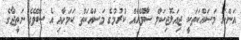
އަންނަ މަސައްކަތަކީ ޖިއަލޮޖިކަލް ސާވޭއެއް ކުރުމުގެ މަސައްކަތް ކަމަށާއި އެ ސާވޭގެ ނަތީޖާގެ